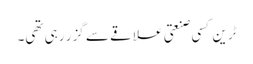
ٹرین کسی صنعتی علاقے سے گزر رہی تھی۔